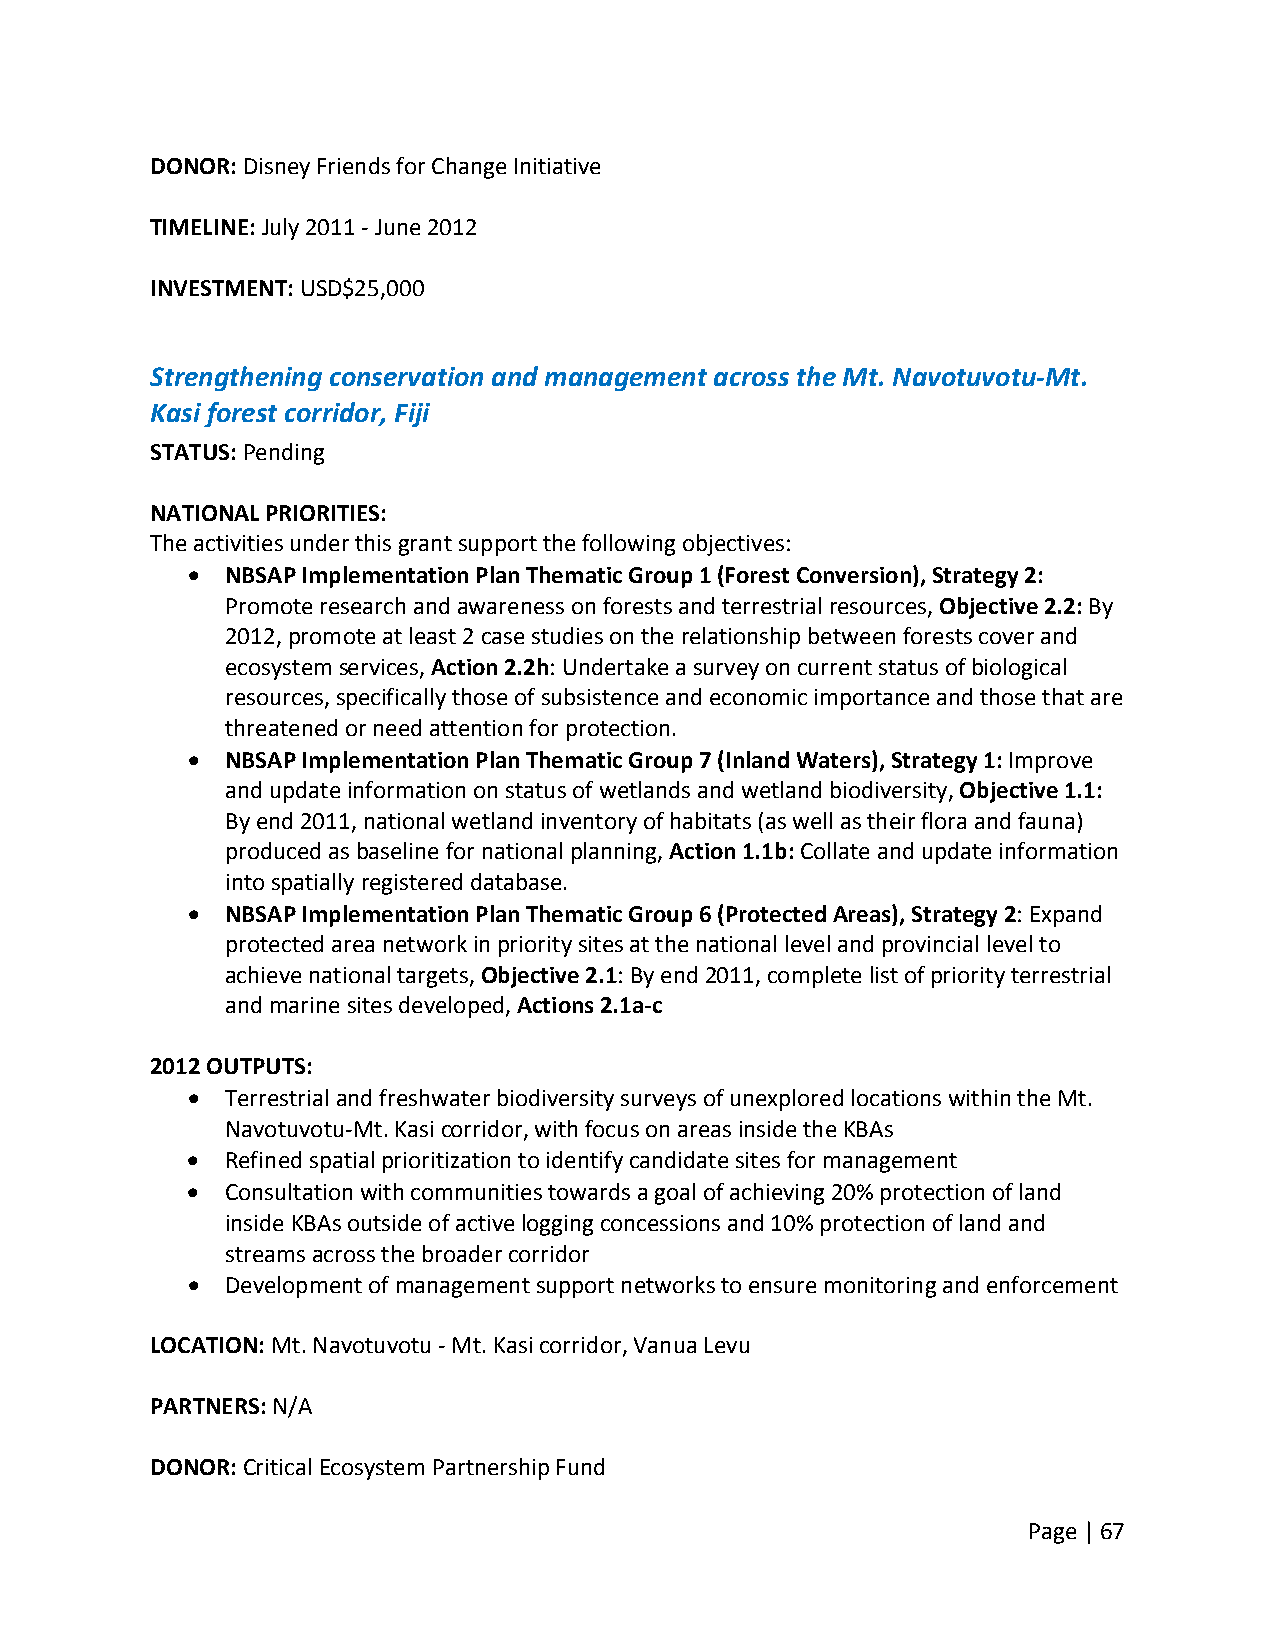
DONOR: Disney Friends for Change Initiative
 TIMELINE: July 2011 ‐ June 2012
 INVESTMENT: USD$25,000
 Strengthening conservation and management across the Mt. Navotuvotu‐Mt.
 Kasi forest corridor, Fiji
 STATUS: Pending
 NATIONAL PRIORITIES:
 The activities under this grant support the following objectives:
   NBSAP Implementation Plan Thematic Group 1 (Forest Conversion), Strategy 2:
 Promote research and awareness on forests and terrestrial resources, Objective 2.2: By
 2012, promote at least 2 case studies on the relationship between forests cover and
 ecosystem services, Action 2.2h: Undertake a survey on current status of biological
 resources, specifically those of subsistence and economic importance and those that are
 threatened or need attention for protection.
   NBSAP Implementation Plan Thematic Group 7 (Inland Waters), Strategy 1: Improve
 and update information on status of wetlands and wetland biodiversity, Objective 1.1:
 By end 2011, national wetland inventory of habitats (as well as their flora and fauna)
 produced as baseline for national planning, Action 1.1b: Collate and update information
 into spatially registered database.
   NBSAP Implementation Plan Thematic Group 6 (Protected Areas), Strategy 2: Expand
 protected area network in priority sites at the national level and provincial level to
 achieve national targets, Objective 2.1: By end 2011, complete list of priority terrestrial
 and marine sites developed, Actions 2.1a‐c
 2012 OUTPUTS:
   Terrestrial and freshwater biodiversity surveys of unexplored locations within the Mt.
 Navotuvotu‐Mt. Kasi corridor, with focus on areas inside the KBAs
   Refined spatial prioritization to identify candidate sites for management
   Consultation with communities towards a goal of achieving 20% protection of land
 inside KBAs outside of active logging concessions and 10% protection of land and
 streams across the broader corridor
   Development of management support networks to ensure monitoring and enforcement
 LOCATION: Mt. Navotuvotu ‐ Mt. Kasi corridor, Vanua Levu
 PARTNERS: N/A
 DONOR: Critical Ecosystem Partnership Fund
 Page | 67